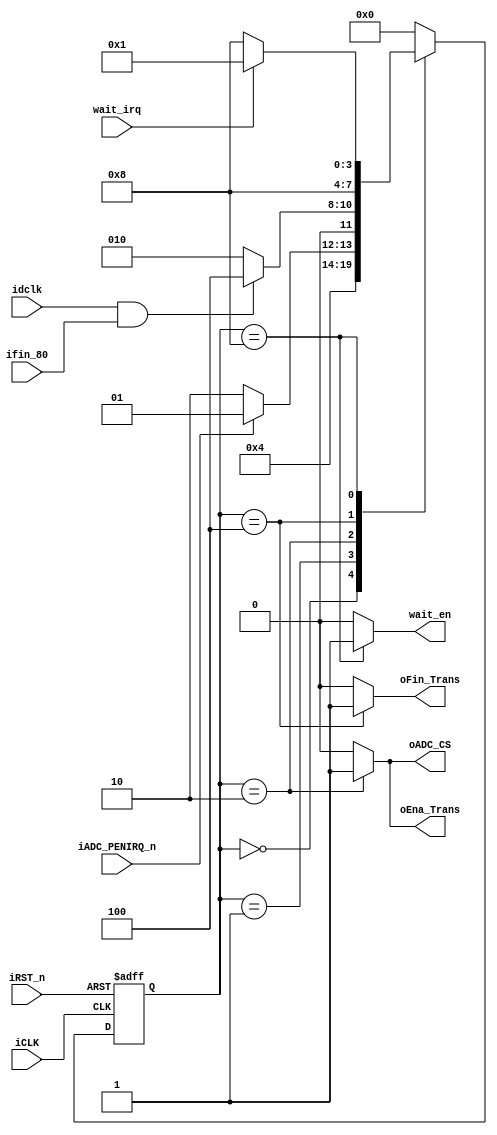
// --------------------------------------------------------------------
// Universitat Politcnica de Valncia
// Departamento de Ingeniera Electronica
// --------------------------------------------------------------------
// Sistemas Digitales Programables - MUISE
// Curso 2020 - 2021
// --------------------------------------------------------------------
// Prctica 4
// --------------------------------------------------------------------
// Nombre del archivo: FSM_ADC.v
// 
// Descripcin: Mquina de Estados Finitos como ControlPath del mdulo
//   ADC_CONTROl.
//   Esta FSM espera a la interrupcin iADC_PENIRQ_n para activar las
//   seales oEna_Trans y oADC_CS. Una vez acabada la recepcin de los
//   datos, habilita la salida oFin_Trans, desactiva las anteriores
//   seales y espera un retardo antes de volver a comenzar el ciclo,
//   para que la lectura de puntos de contacto con la pantalla sea
//   espaciada.
//   
// Inputs:
//   iCLK:          Seal de reloj 50 MHz
//   iRST_n:        Reset asncrono activo a nivel bajo
//   idclk:         Seal de reloj del ADC, 70 kHz
//   ifin_80:       Fin de cuenta del contador mdulo 80
//   iADC_PENIRQ_n: Interrupcin de contacto con la pantalla
//
// Outputs:
//   oADC_CS:    Chip Select entre el ADC (1) y la visualizacin LCD (0)
//   oEna_Trans: Bit que habilita la transmisin y recepcin de seales
//               hacia y del ADC
//   oFin_Trans: Bit que indica que la finalizacin de la comunicacin
//
// --------------------------------------------------------------------
// Versin: V1.0 | Fecha Modificacin: 1/12/2020
// 
// Autores: Pablo Roig Monzn y ngel Bellver Valera
// Ordenador de trabajo: 9
// --------------------------------------------------------------------

module FSM_ADC (
    iCLK,
    iRST_n,
    idclk,
    ifin_80,
    oADC_CS,
    iADC_PENIRQ_n,
    oEna_Trans,
    oFin_Trans,
    wait_irq,
    wait_en
);

input   iCLK;
input   iRST_n;
input   idclk;
input   ifin_80;
input   iADC_PENIRQ_n;

output reg oADC_CS;
output reg oEna_Trans;
output reg oFin_Trans;

input wait_irq;
output reg wait_en;

localparam S0 = 4'b0000,
           S1 = 4'b0001,
           S2 = 4'b0010,
           S3 = 4'b0100,
           S4 = 4'b1000;

(*syn_encoding="one-hot"*) reg [3:0] estado_act, estado_sig;

// memoria de estado
always @(posedge iCLK or negedge iRST_n)
begin
    if (!iRST_n)
        estado_act <= S0;
    else
        estado_act <= estado_sig;
end

// lgica del estado siguiente y de salida
always @(estado_act, idclk, ifin_80, iADC_PENIRQ_n, wait_irq)
begin
    // para no generar latch
    oADC_CS <= 1'b0;
    oEna_Trans <= 1'b0;
    oFin_Trans <= 1'b0;
    wait_en <= 1'b0;
    case (estado_act)
        S0:
            begin
                // determinacin de salidas
                oEna_Trans <= 1'b0;
                oADC_CS <= 1'b0;
                oFin_Trans <= 1'b0;

                // espera ciclos
                wait_en <= 1'b0;

                // determinacin del estado siguiente
                estado_sig <= S1;
            end
        S1:
            begin
                // determinacin de salidas
                oEna_Trans <= 1'b0;
                oADC_CS <= 1'b0;
                oFin_Trans <= 1'b0;

                // espera ciclos
                wait_en <= 1'b0;

                // determinacin del estado siguiente
                if (iADC_PENIRQ_n)
                    estado_sig <= S1;
                else // activo a nivel bajo
                    estado_sig <= S2;
            end

        S2:
            begin
                // determinacin de salidas
                oEna_Trans <= 1'b1;
                oADC_CS <= 1'b1;
                oFin_Trans <= 1'b0;

                // espera ciclos
                wait_en <= 1'b0;

                // determinacin del estado siguiente
                if (idclk && ifin_80)
                    estado_sig <= S3;
                else
                    estado_sig <= S2;
            end

        S3:
            begin
                // determinacin de salidas
                oEna_Trans <= 1'b0;
                oADC_CS <= 1'b0;
                oFin_Trans <= 1'b1;

                // espera ciclos
                wait_en <= 1'b0;

                // determinacin del estado siguiente
                estado_sig <= S4;
            end

        S4:
            begin
                // determinacin de salidas
                oEna_Trans <= 1'b0;
                oADC_CS <= 1'b0;
                oFin_Trans <= 1'b0; // estaba a 1 antes

                // espera ciclos
                wait_en <= 1'b1;

                // determinacin del estado siguiente
                if (wait_irq)
                    estado_sig <= S1;
                else
                    estado_sig <= S4;
            end
        
        default:
            begin
                oADC_CS <= 1'b0;
                oEna_Trans <= 1'b0;
                oFin_Trans <= 1'b0;
                estado_sig <= S0;
                wait_en <= 0;
            end
    endcase
end

endmodule